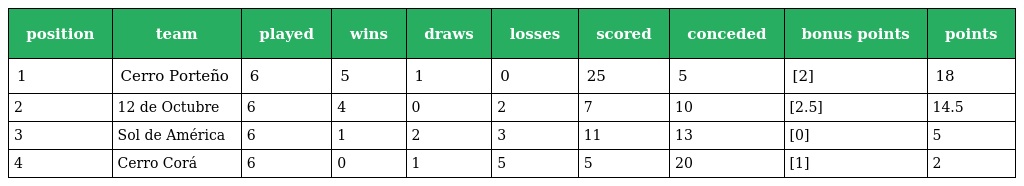
| position | team | played | wins | draws | losses | scored | conceded | bonus points | points |
 | --- | --- | --- | --- | --- | --- | --- | --- | --- | --- |
 | 1 | Cerro Porteño | 6 | 5 | 1 | 0 | 25 | 5 | [2] | 18 |
 | 2 | 12 de Octubre | 6 | 4 | 0 | 2 | 7 | 10 | [2.5] | 14.5 |
 | 3 | Sol de América | 6 | 1 | 2 | 3 | 11 | 13 | [0] | 5 |
 | 4 | Cerro Corá | 6 | 0 | 1 | 5 | 5 | 20 | [1] | 2 |